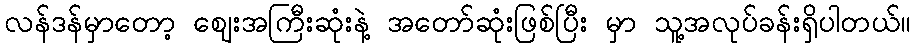
လန်ဒန်မှာတော့ ဈေးအကြီးဆုံးနဲ့ အတော်ဆုံးဖြစ်ပြီး မှာ သူ့အလုပ်ခန်းရှိပါတယ်။